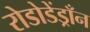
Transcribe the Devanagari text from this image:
रोडोडेंड्राँन